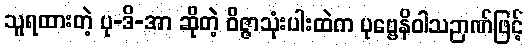
သူရထားတဲ့ ပု-ဒိ-အာ ဆိုတဲ့ ဝိဇ္ဇာသုံးပါးထဲက ပုဗ္ဗေနိဝါသဉာဏ်ဖြင့်